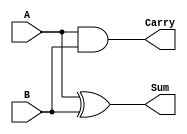
module halfadder_b (
	input wire A ,
	input wire B,
	output reg Sum,
	output reg Carry );
	
always@(A,B) begin
	Sum <= A ^ B;
	Carry <= A & B;
end

endmodule